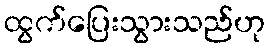
ထွက်ပြေးသွားသည်ဟု